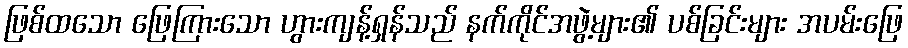
ဖြစ်ထသော ဖြေကြားသော ဟွားကျန့်ရှန်သည် နက်ကိုင်အဖွဲ့များ၏ ပစ်ခြင်းများ အပမ်းဖြေ